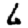
Digit: 6